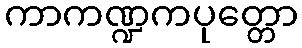
ကာကဏ္ဍကပုတ္တော